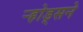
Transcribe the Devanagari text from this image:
र्‍होड्सने